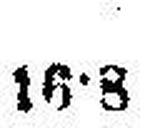
16•8